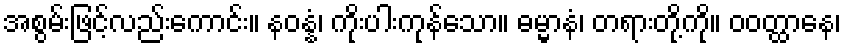
အစွမ်းဖြင့်လည်းကောင်း။ နဝန္နံ၊ ကိုးပါးကုန်သော။ ဓမ္မာနံ၊ တရားတို့ကို။ ဝဝတ္ထာနေ၊